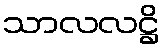
သာလလဋ္ဌိ